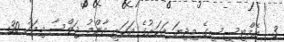
3  އެމްޓީސީސީގެ މިދިޔަ އަހަރުގެ އަހަރީ އާންމު ޖަލްސާ މިމަހު 30